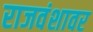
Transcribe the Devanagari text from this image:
राजवंशावर